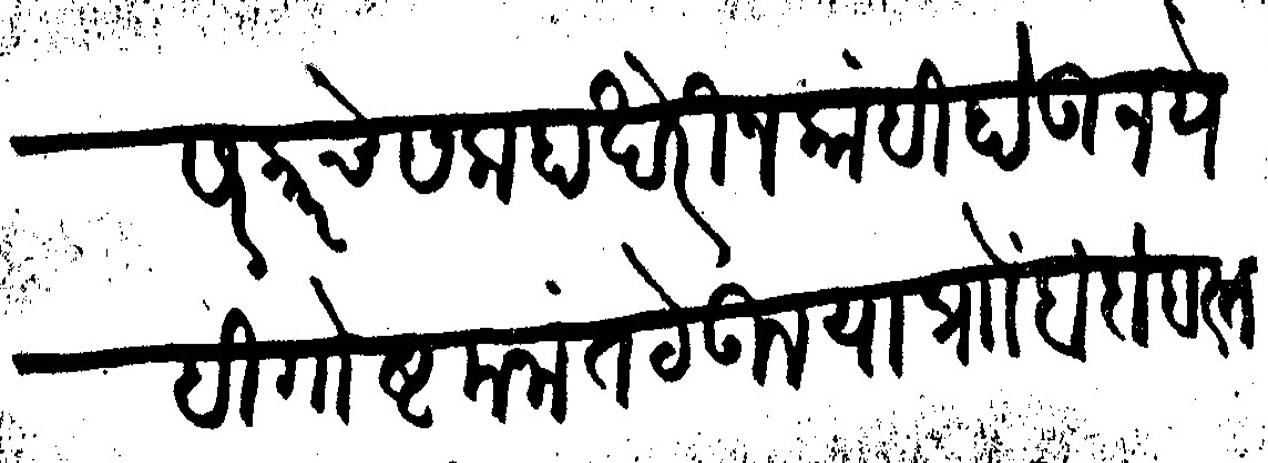
Transliteration (Devanagari): सरकारचे सलाहाखेरीज कांही होऊ नये ही गोष्ट मनांत ठेऊन या प्रोा बंदोबस्त